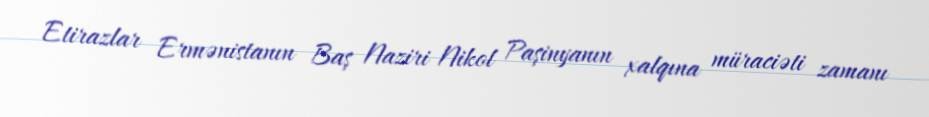
Etirazlar Ermənistanın Baş Naziri Nikol Paşinyanın xalqına müraciəti zamanı